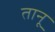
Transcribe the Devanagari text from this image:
तानू